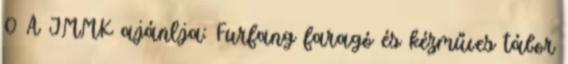
0 A JMMK ajánlja: Furfang faragó és kézműves tábor